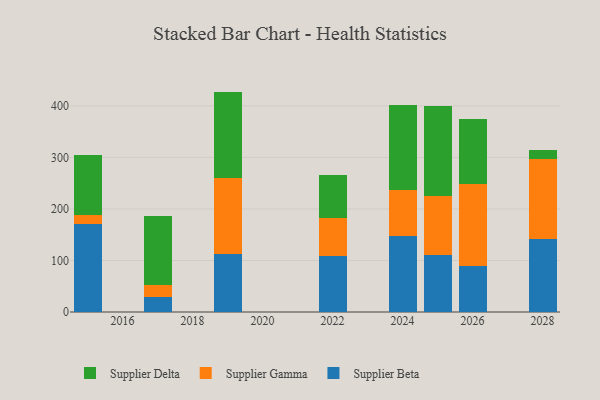
{"axis": {"x": "Year", "y": "Headcount"}, "legend": ["Supplier Beta", "Supplier Delta", "Supplier Gamma"], "data": [{"x": "2022", "y": 108.9, "type": "Supplier Beta"}, {"x": "2022", "y": 73.3, "type": "Supplier Gamma"}, {"x": "2022", "y": 83.1, "type": "Supplier Delta"}, {"x": "2028", "y": 141.3, "type": "Supplier Beta"}, {"x": "2028", "y": 155.0, "type": "Supplier Gamma"}, {"x": "2028", "y": 18.2, "type": "Supplier Delta"}, {"x": "2026", "y": 89.8, "type": "Supplier Beta"}, {"x": "2026", "y": 158.4, "type": "Supplier Gamma"}, {"x": "2026", "y": 125.7, "type": "Supplier Delta"}, {"x": "2017", "y": 29.5, "type": "Supplier Beta"}, {"x": "2017", "y": 22.6, "type": "Supplier Gamma"}, {"x": "2017", "y": 133.8, "type": "Supplier Delta"}, {"x": "2019", "y": 112.6, "type": "Supplier Beta"}, {"x": "2019", "y": 147.2, "type": "Supplier Gamma"}, {"x": "2019", "y": 167.9, "type": "Supplier Delta"}, {"x": "2015", "y": 170.6, "type": "Supplier Beta"}, {"x": "2015", "y": 17.9, "type": "Supplier Gamma"}, {"x": "2015", "y": 116.5, "type": "Supplier Delta"}, {"x": "2024", "y": 147.4, "type": "Supplier Beta"}, {"x": "2024", "y": 88.7, "type": "Supplier Gamma"}, {"x": "2024", "y": 166.2, "type": "Supplier Delta"}, {"x": "2025", "y": 111.0, "type": "Supplier Beta"}, {"x": "2025", "y": 114.7, "type": "Supplier Gamma"}, {"x": "2025", "y": 173.5, "type": "Supplier Delta"}]}